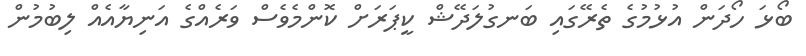
ބޯޅަ ހޯދަން އުޅުމުގެ ތެރޭގައި ބަނގުލަދޭޝް ކީޕަރަށް ކޮންމެވެސް ވަރެއްގެ އަނިޔާއެއް ލިބުމުން